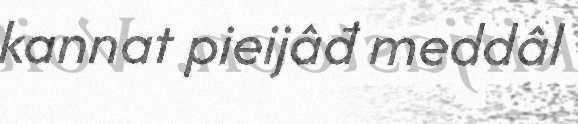
kannat pieijâđ meddâl